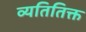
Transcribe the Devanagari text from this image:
व्यतितिक्त